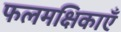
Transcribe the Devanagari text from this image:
फलमक्षिकाएँ